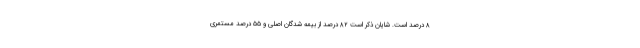
۸ درصد است. شایان ذکر است ۸۲ درصد از بیمه شدگان اصلی و ۵۵ درصد مستمری